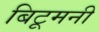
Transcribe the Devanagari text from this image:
बिटूमनी